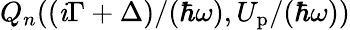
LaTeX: Q_{n}({(\mathit{i}\Gamma+\Delta)}/{(\hbar\omega)},{U_{\mathrm{{p}}}}/{(\hbar\omega)})